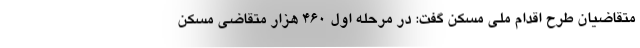
متقاضیان طرح اقدام ملی مسکن گفت: در مرحله اول ۴۶۰ هزار متقاضی مسکن